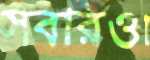
সবারও